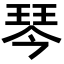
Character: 琴